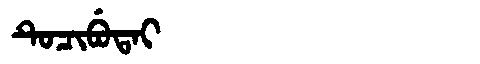
Manchu: ᡨᡠᠴᡳᠪᡠᡨᠠᡳ
Romanization: TUCIBUTAI